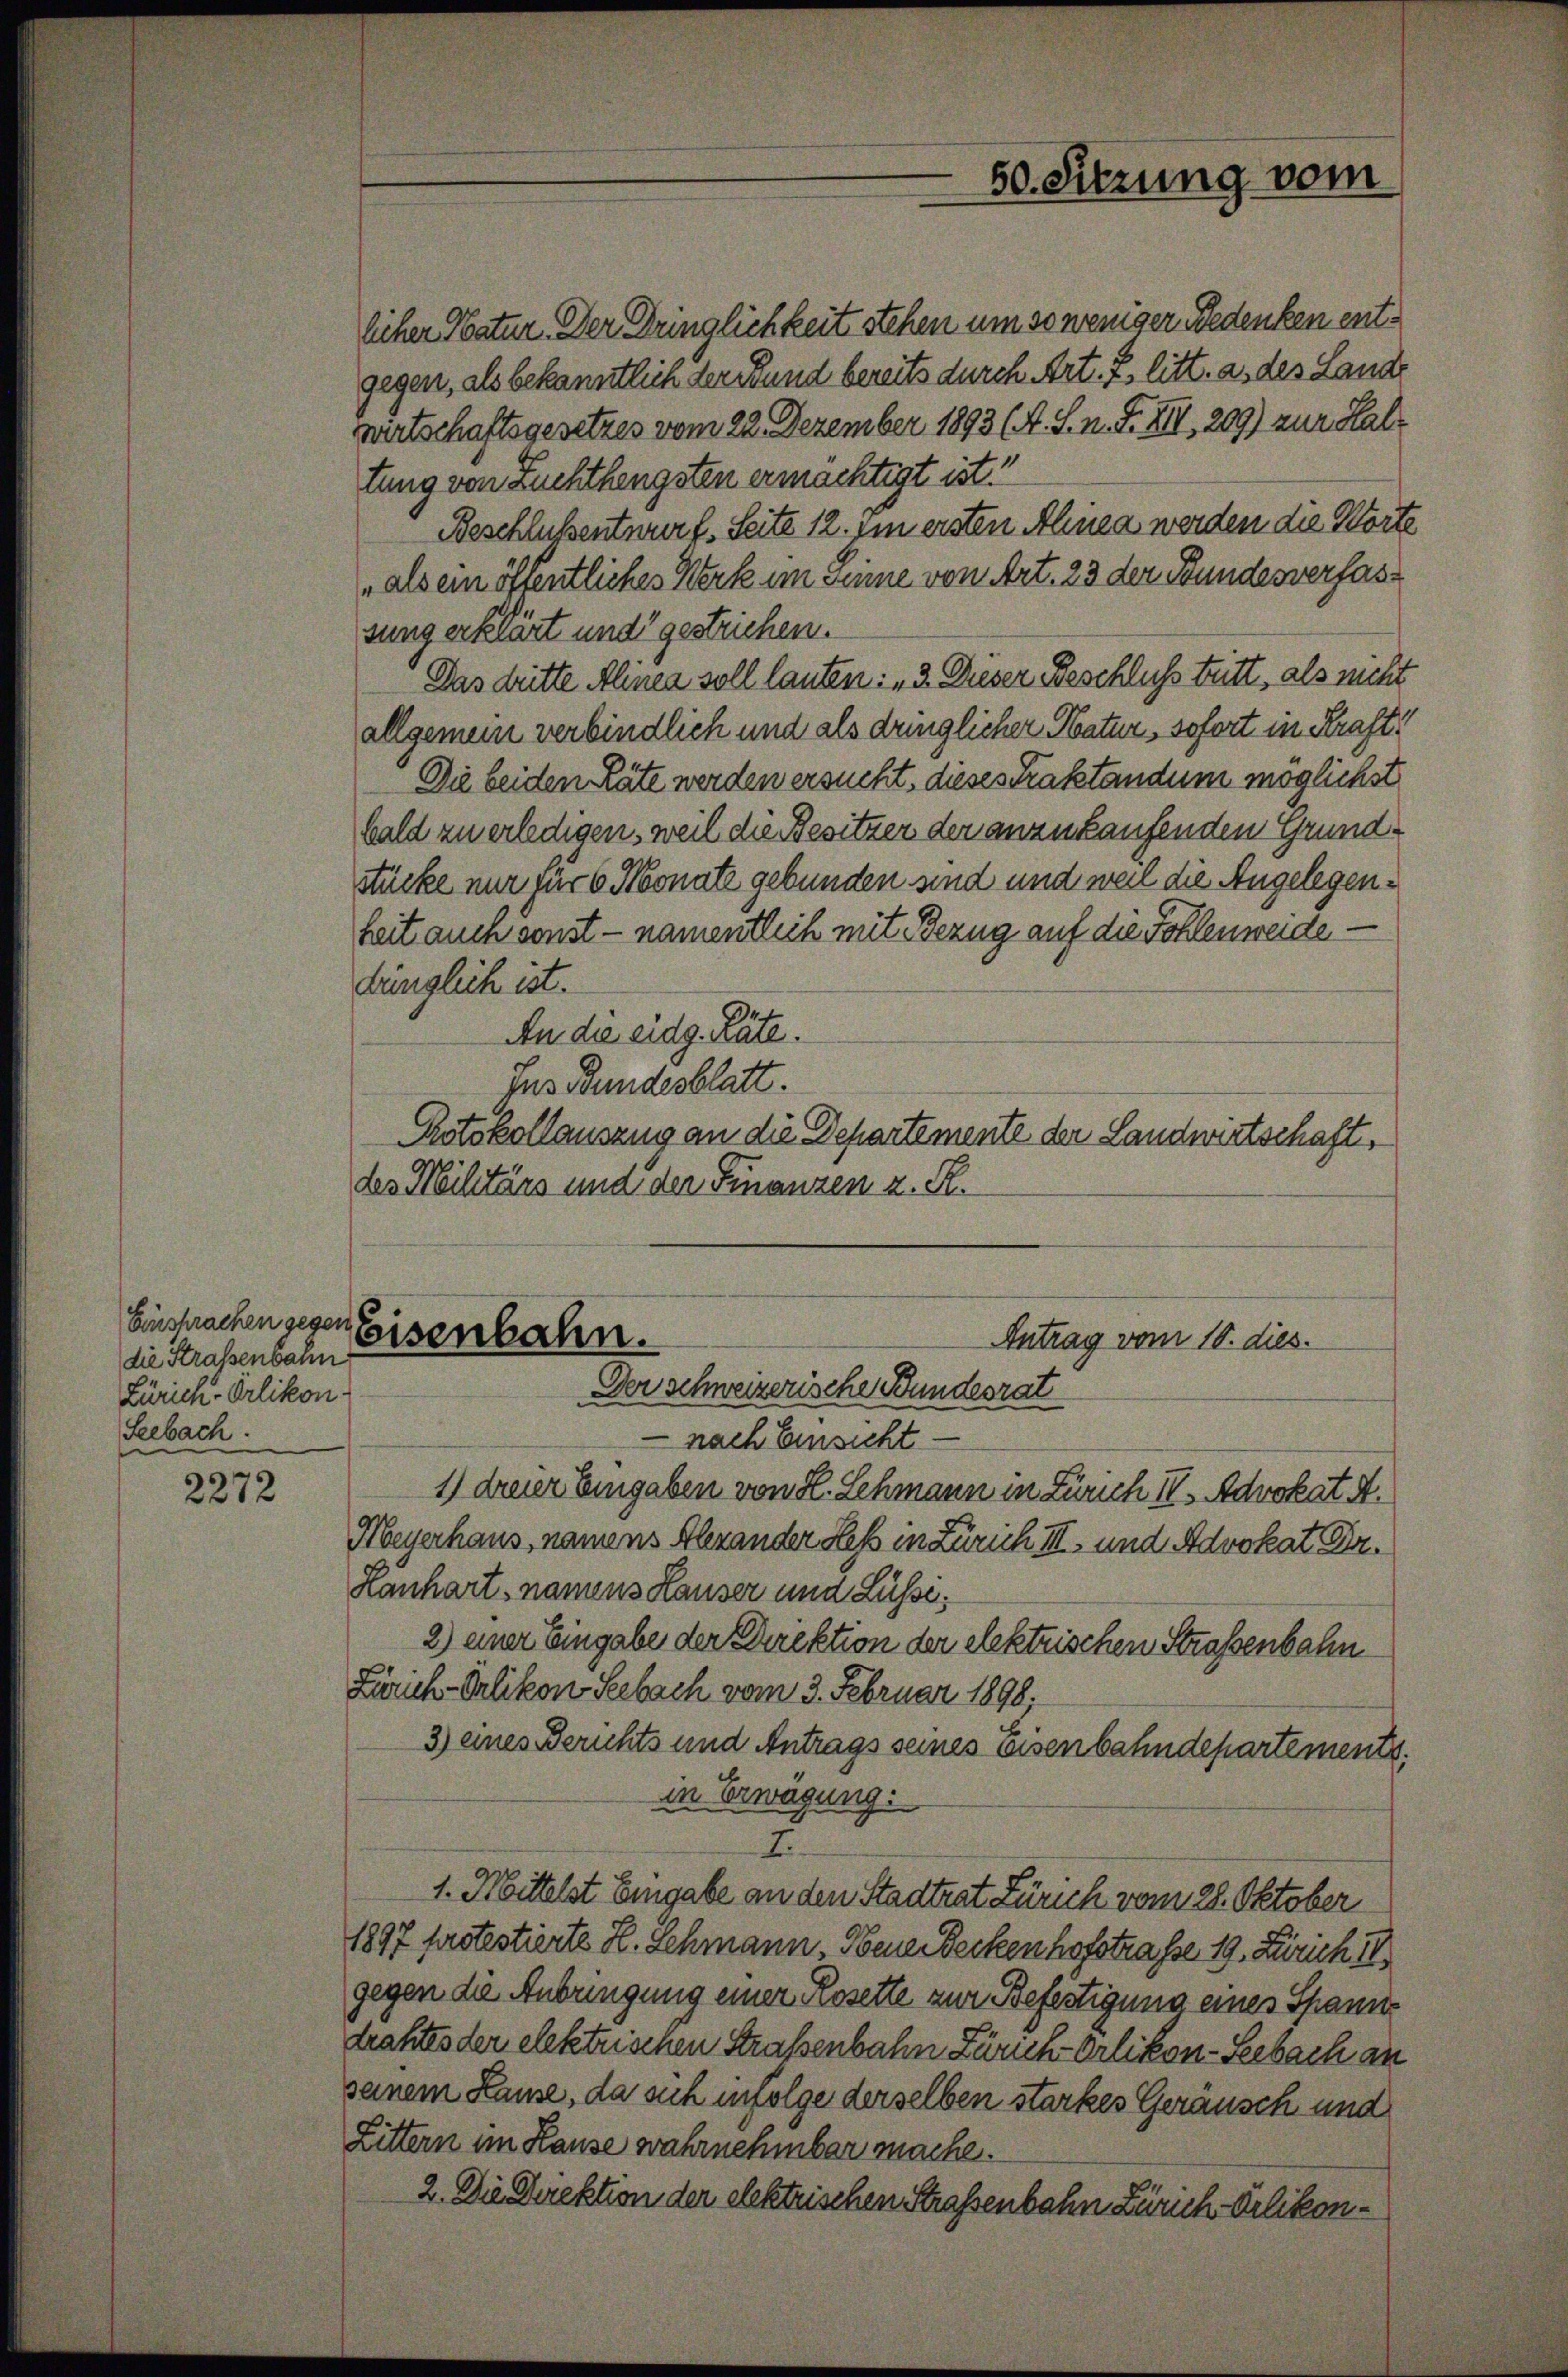
Einsprachen gegen
die Straßenbahn
Zürich-Orlikon
Seebach.

2272

licher Natur. Der Dringlichkeit stehen um so weniger Bedenken entgegen, als bekanntlich der Bund bereits durch Art. I. litt. a. des Lande
wirtschaftsgesetzes vom 22. Dezember 1893 (A. S. n. F. XII, 209) zur Haltung von Zuchthengsten ermächtigt ist!
Beschlussentwurf. Seite 12. Im ersten Alinea werden die Worte
als ein öffentliches Werk im Sinne von Art. 23 der Bundesverfassung erklärt und gestrichen.
Das dritte Alinea soll lauten: „2. Dieser Beschluss tritt, als nicht
allgemein verbindlich und als dringlicher Natur, sofort in Kraft!
Die beiden Räte werden ersucht, dieses Traktandum möglichst
bald zu erledigen, weil die Besitzer der anzukaufenden Grundstücke nur für 6 Monate gebunden sind und weil die Angelegenheit auch sonst - namentlich mit Bezug auf die Fohlenweide
bünglich ist.
An die eidg. Räte.
Jus Bundesblatt.
Protokollauszug an die Departemente der Landwirtschaft,
des Militärs und der Finanzen z. R.
Eisenbahn.
Antrag vom 10. dies.
Der schweizerische Bundesrat
 nach Einsicht
1) dreier Eingaben von H. Schmann in Zürich IV. Advokat A.
Meyerhaus, namens Alexander Heß in Zürich III und Advokat Dr.
Hanhart namens Hauser und Lüssi¬
2) einer Eingabe der Direktion der elektrischen Straßenbahn
Zürich-Orlikon Seebach vom 3. Februar 1898.
3) eines Berichts und Antrags seines Eisenbahndepartements.
in Erwägung:
I
1. Mittelst Eingabe an den Stadtrat Zürich vom 28. Oktober
1897 fastestierte H. Schmann, Neue Deckenhofstrasse 19. Zürich IV
gegen die Anbringung einer Rosette zur Befestigung eines Spanne
drahtes der elektrischen Straßenbahn Zürich-Orlikon-Seebach an
seinem Kame, da sich infolge derselben starkes Geräusch und
Littern im Hause wahrnehmbar mache.
2. Die Direktion der elektrischen Straßenbahn Zürich-Orlikon¬

50. Sitzung vom